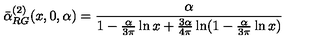
\bar { \alpha } _ { R G } ^ { ( 2 ) } ( x , 0 , \alpha ) = \frac { \alpha } { 1 - \frac { \alpha } { 3 \pi } \ln x + \frac { 3 \alpha } { 4 \pi } \ln ( 1 - \frac { \alpha } { 3 \pi } \ln x ) }